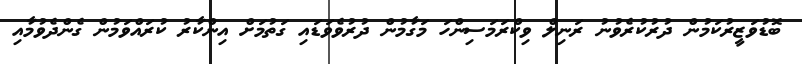
ބޮޑުވަޒީރުކަމުން ދުރުކުރެވުނު ރަނިލް ވިކްރަމަސިންހަ މަގާމުން ދުރުވެވަޑައި ގަތުމަށް އިންކާރު ކުރައްވަމުން ގެންދެވުމާއި